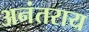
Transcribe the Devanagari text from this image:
अनंतराय